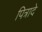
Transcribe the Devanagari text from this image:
पित्रादे